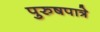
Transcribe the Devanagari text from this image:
पुरुषपात्रे